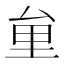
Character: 𠫶